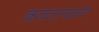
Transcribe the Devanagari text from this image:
कवटाळणं